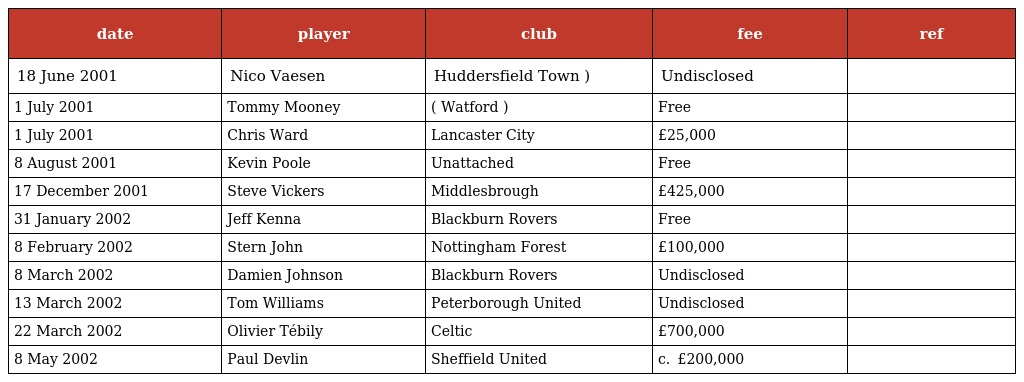
| date | player | club | fee | ref |
 | --- | --- | --- | --- | --- |
 | 18 June 2001 | Nico Vaesen | Huddersfield Town ) | Undisclosed |  |
 | 1 July 2001 | Tommy Mooney | ( Watford ) | Free |  |
 | 1 July 2001 | Chris Ward | Lancaster City | £25,000 |  |
 | 8 August 2001 | Kevin Poole | Unattached | Free |  |
 | 17 December 2001 | Steve Vickers | Middlesbrough | £425,000 |  |
 | 31 January 2002 | Jeff Kenna | Blackburn Rovers | Free |  |
 | 8 February 2002 | Stern John | Nottingham Forest | £100,000 |  |
 | 8 March 2002 | Damien Johnson | Blackburn Rovers | Undisclosed |  |
 | 13 March 2002 | Tom Williams | Peterborough United | Undisclosed |  |
 | 22 March 2002 | Olivier Tébily | Celtic | £700,000 |  |
 | 8 May 2002 | Paul Devlin | Sheffield United | c.  £200,000 |  |